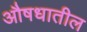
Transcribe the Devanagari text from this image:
औषधातील